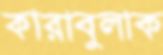
কারাবুলাক